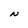
Character: N